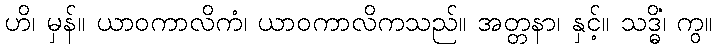
ဟိ၊ မှန်။ ယာဝကာလိကံ၊ ယာဝကာလိကသည်။ အတ္တနာ၊ နှင့်။ သဒ္ဓိံ၊ ကွ။